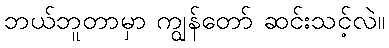
ဘယ်ဘူတာမှာ ကျွန်တော် ဆင်းသင့်လဲ။